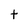
Character: t